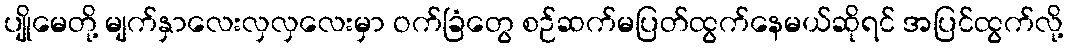
ပျိုမေတို့ မျက်နှာလေးလှလှလေးမှာ ဝက်ခြံတွေ စဉ်ဆက်မပြတ်ထွက်နေမယ်ဆိုရင် အပြင်ထွက်လို့